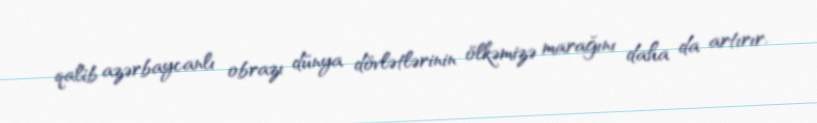
qalib azərbaycanlı obrazı dünya dövlətlərinin ölkəmizə marağını daha da artırır.